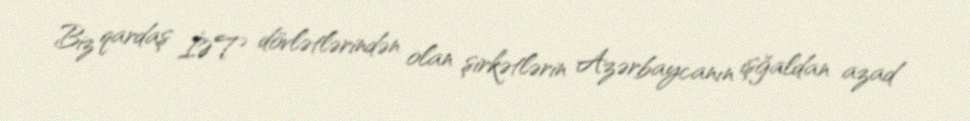
Biz qardaş İƏT dövlətlərindən olan şirkətlərin Azərbaycanın işğaldan azad